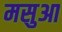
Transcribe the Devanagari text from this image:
मसुआ